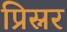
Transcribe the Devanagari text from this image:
प्रिस्नर